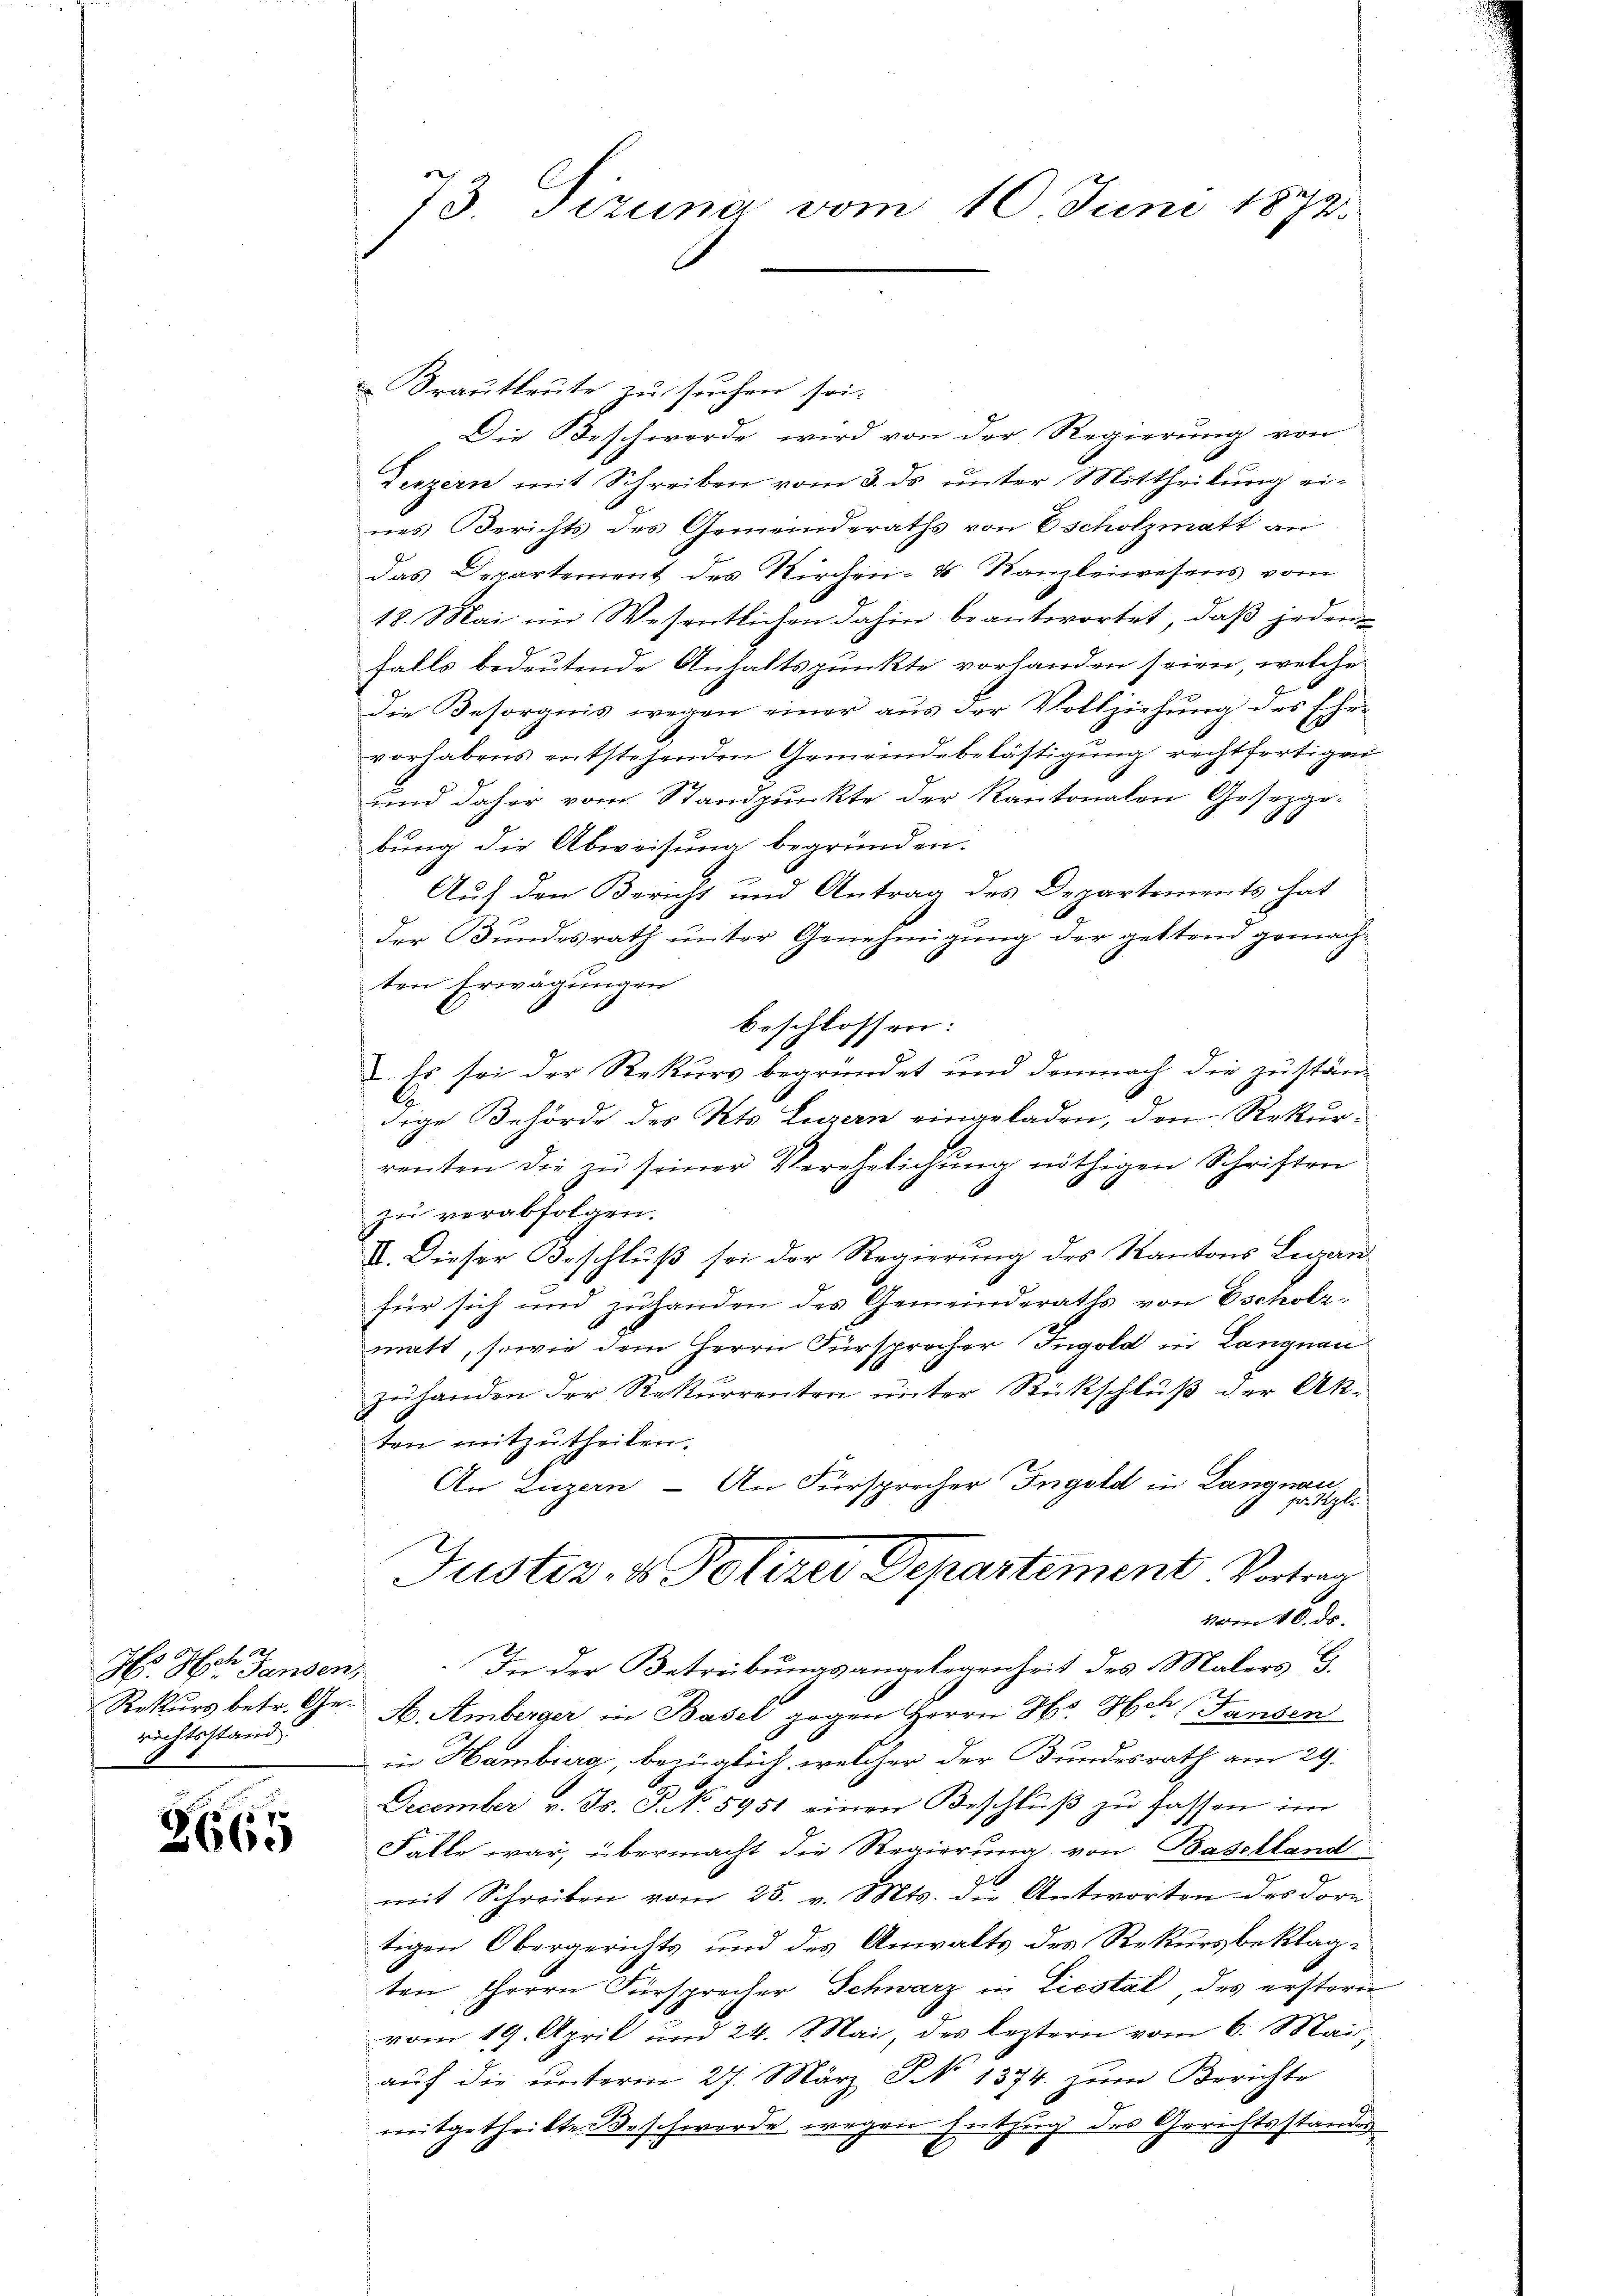
Krautleute zu suchen sei.
Die Beschwerde wird von der Regierung von
Terzern mit Schreiben vom 3. ds ŭnter Mittheilung ei-
nes Berichts des Gemeinderaths von 6 scholzmatt an
das Departement des Kirchen- & Kanzleiwesens vom
18. Mai im Wesentlichen dahin beantwortet, daß jeden
falls bedeutende Anhaltspunkte vorhanden seien, welche
die Besorgnis wegen einer aus der Vollziehung des Ehevorhabens entstehenden Gemeindebelästigung rechtfertigen
und daher vom Standpunkte der Kantonalen Gesezgobung die Abweisung begründen.
Auf den Bericht und Antrag des Departements hat
der Bundesrath unter Genehmigung der geltend gemachten Erwägungen
beschlossen:
. Es sei der Rekurs begründet und demnach die zustän-
.
dige Behörde des Kts. Luzern eingeladen, den Rekurrenten die zŭ seiner Verehelichung nöthigen Schriften
zu verabfolgen.
VI. Dieser Beschluß sei der Regierung des Kantons Zwan
für sich und zuhanden des Gemeinderaths von Escholz-
matt, sowie dem Herrn Fürsprocher Ingold in Langnau
zuhanden der Rekurrenten unter Rückschluß der Ak-
ten mitzutheilen.
An Luzern - An Fürsprecher Ingold in Langnau.
 fr. zt.
Justiz- & Polizei Departement. Vortrag
vom 16. ds.
In der Betreibungsangelegenheit des Malers G
Rekurs betr. Ge- A. Amberger in Basel gegen Herrn Hs. Hch. (Tansen
in Hamburg, bezüglich, welcher der Bundesrath am 29.
December v. Js. J. N. 5951 einen Beschlŭβ zŭ fassen im
Falle war, übermacht die Regierung von Baschland
mit Schreiben vom 25. v. Mts. die Antworten des Dorn
tigen Obergerichts und des Anwalts des Rekursbeklagten Herrn Fürsprecher Schwarz in Liestal, des erstern
vom 19. April und 24. Mai, des leztern vom 6. Mai
aŭf die ŭnterm 27. März S. 1374. zŭm Berichte
mitgetheilte Beschwerde wegen Entzug des Gerichtsstandes¬

22
Hs. Her Handen,
richtsstand.

2665

73. Tizung vom 10. Juni 1872.